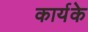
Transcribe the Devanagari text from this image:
कार्यके